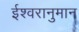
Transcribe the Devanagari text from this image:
ईश्वरानुमान